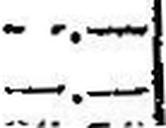
—.—